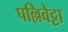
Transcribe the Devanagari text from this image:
पल्लिवेट्टा